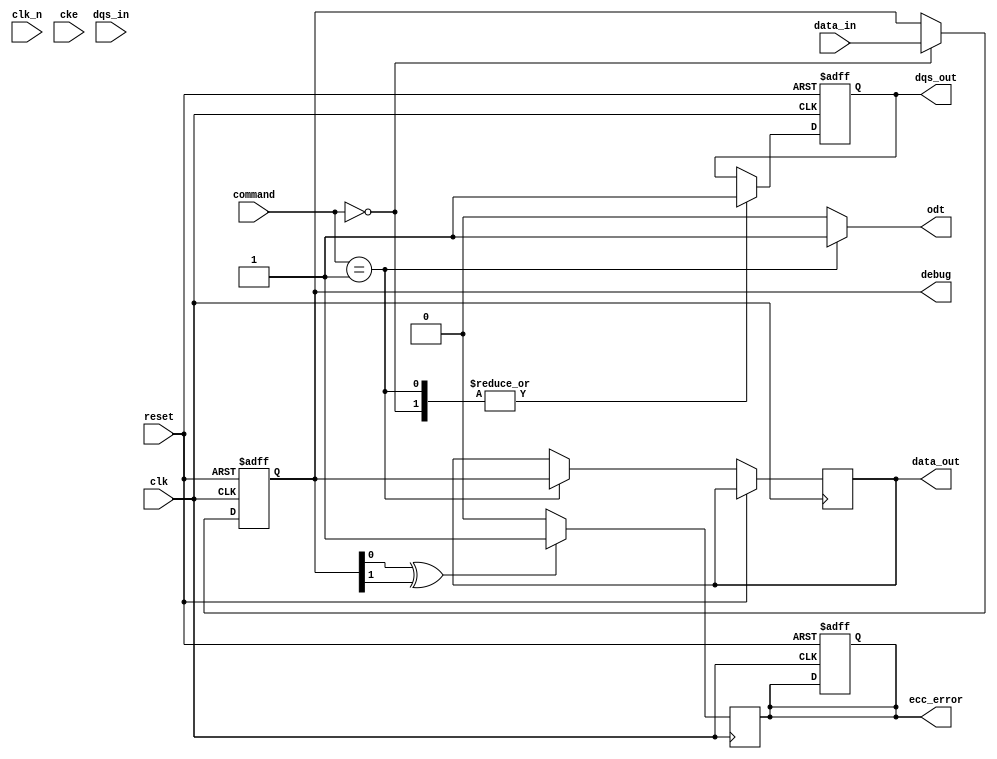
module ddr2_io_block (
    input wire clk,               // System clock
    input wire clk_n,             // Inverted system clock
    input wire cke,               // Clock enable
    input wire [7:0] data_in,     // Data input (8-bit)
    output wire [7:0] data_out,    // Data output (8-bit)
    input wire dqs_in,            // Data Strobe input
    output wire dqs_out,          // Data Strobe output
    input wire [2:0] command,      // Command signals (READ, WRITE, etc.)
    output wire odt,              // On-die termination
    input wire reset,             // Reset signal
    output wire ecc_error,        // ECC error signal
    output wire [7:0] debug       // Debug signals
);

    // Internal signals
    reg [7:0] data_reg;
    reg dqs_reg;
    reg odt_reg;
    reg ecc_error_reg;

    // Command processing
    always @(posedge clk or posedge reset) begin
        if (reset) begin
            data_reg <= 8'b0;
            dqs_reg <= 1'b0;
            odt_reg <= 1'b0;
            ecc_error_reg <= 1'b0;
        end else begin
            case (command)
                3'b000: begin // READ
                    // Implement read logic
                    data_reg <= data_in; // Simulate data read
                    dqs_reg <= 1'b1; // Assert DQS
                end
                3'b001: begin // WRITE
                    // Implement write logic
                    data_out <= data_reg; // Simulate data write
                    dqs_reg <= 1'b1; // Assert DQS
                end
                3'b010: begin // PRECHARGE
                    // Implement precharge logic
                end
                3'b011: begin // ACTIVATE
                    // Implement activate logic
                end
                default: begin
                    // Handle other commands
                end
            endcase
        end
    end

    // On-die termination control
    assign odt = (command == 3'b001) ? 1'b1 : 1'b0; // Enable ODT during write

    // Data Strobe output
    assign dqs_out = dqs_reg;

    // ECC Error detection (simplified)
    always @(posedge clk) begin
        // Simulate ECC error checking
        if (data_reg[0] ^ data_reg[1]) begin // Simple parity check for example
            ecc_error_reg <= 1'b1;
        end else begin
            ecc_error_reg <= 1'b0;
        end
    end

    assign ecc_error = ecc_error_reg;

    // Debug signals
    assign debug = {odt_reg, ecc_error_reg, dqs_reg, data_reg};

endmodule